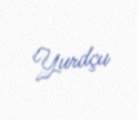
Yurdçu